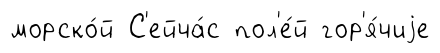
морско́й С'ейча́с пол'е́й гор'я́чиjе